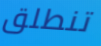
تنطلق